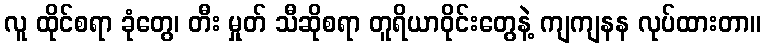
လူ ထိုင်စရာ ခုံတွေ၊ တီး မှုတ် သီဆိုစရာ တူရိယာဝိုင်းတွေနဲ့ ကျကျနန လုပ်ထားတာ။